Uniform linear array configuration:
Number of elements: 32
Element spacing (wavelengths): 0.25
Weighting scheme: hamming
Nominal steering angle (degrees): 30
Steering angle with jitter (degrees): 28.746
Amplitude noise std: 0.05
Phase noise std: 0.05

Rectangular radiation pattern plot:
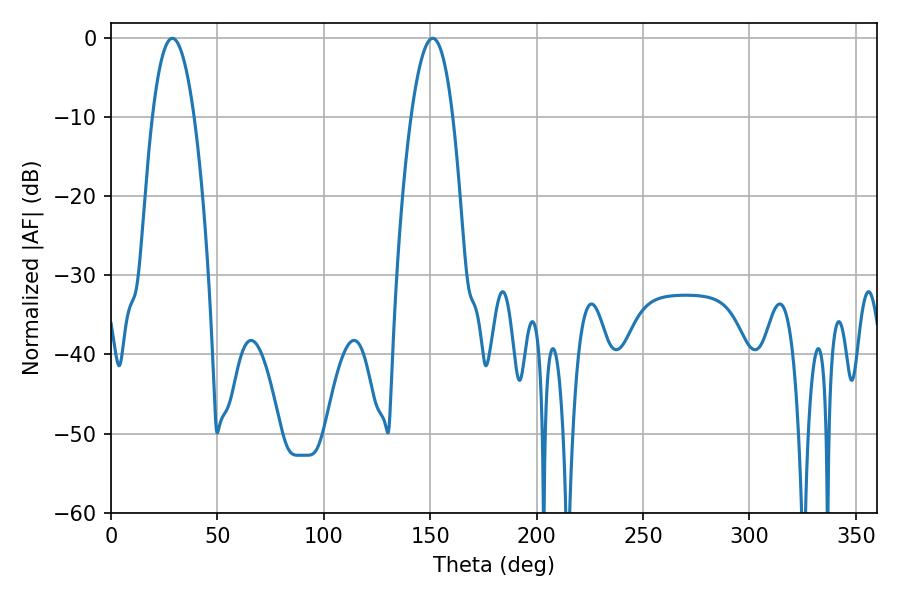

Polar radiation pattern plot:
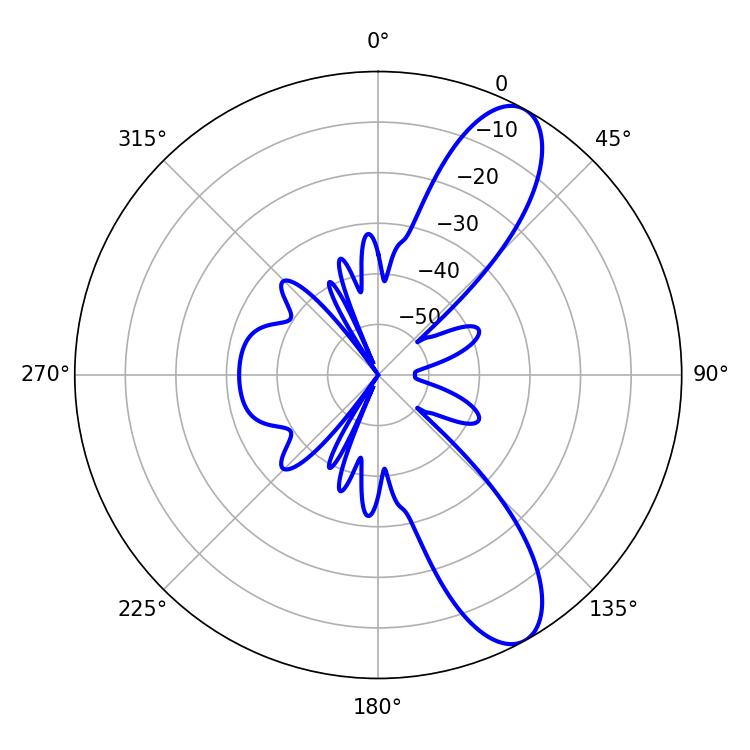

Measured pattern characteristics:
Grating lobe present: FALSE
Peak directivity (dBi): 10.095
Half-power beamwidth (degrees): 10.8
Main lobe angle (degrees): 28.8